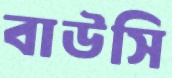
বাউসি